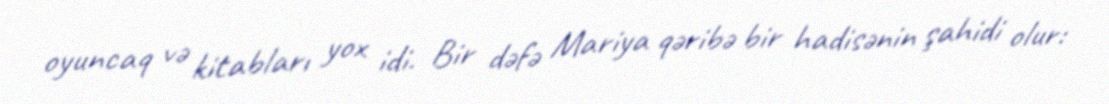
oyuncaq və kitabları yox idi. Bir dəfə Mariya qəribə bir hadisənin şahidi olur: